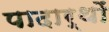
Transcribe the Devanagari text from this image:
पादार्थों